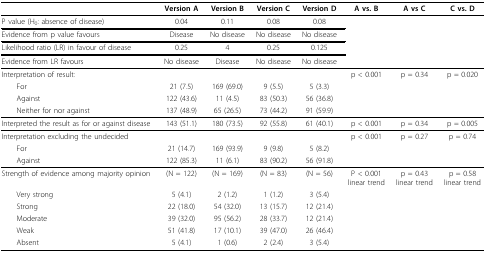
<table><thead><tr><td></td><td><b>Version A</b></td><td><b>Version B</b></td><td><b>Version C</b></td><td><b>Version D</b></td><td><b>A vs. B</b></td><td><b>A vs C</b></td><td><b>C vs. D</b></td></tr></thead><tbody><tr><td>P value (H<sub>0</sub>: absence of disease)</td><td>0.04</td><td>0.11</td><td>0.08</td><td>0.08</td><td></td><td></td><td></td></tr><tr><td>Evidence from p value favours</td><td>Disease</td><td>No disease</td><td>No disease</td><td>No disease</td><td></td><td></td><td></td></tr><tr><td>Likelihood ratio (LR) in favour of disease</td><td>0.25</td><td>4</td><td>0.25</td><td>0.125</td><td></td><td></td><td></td></tr><tr><td>Evidence from LR favours</td><td>No disease</td><td>Disease</td><td>No disease</td><td>No disease</td><td></td><td></td><td></td></tr><tr><td>Interpretation of result:</td><td></td><td></td><td></td><td></td><td>p &lt; 0.001</td><td>p = 0.34</td><td>p = 0.020</td></tr><tr><td> For</td><td>21 (7.5)</td><td>169 (69.0)</td><td>9 (5.5)</td><td>5 (3.3)</td><td></td><td></td><td></td></tr><tr><td> Against</td><td>122 (43.6)</td><td>11 (4.5)</td><td>83 (50.3)</td><td>56 (36.8)</td><td></td><td></td><td></td></tr><tr><td> Neither for nor against</td><td>137 (48.9)</td><td>65 (26.5)</td><td>73 (44.2)</td><td>91 (59.9)</td><td></td><td></td><td></td></tr><tr><td>Interpreted the result as for or against disease</td><td>143 (51.1)</td><td>180 (73.5)</td><td>92 (55.8)</td><td>61 (40.1)</td><td>p &lt; 0.001</td><td>p = 0.34</td><td>p = 0.005</td></tr><tr><td>Interpretation excluding the undecided</td><td></td><td></td><td></td><td></td><td>p &lt; 0.001</td><td>p = 0.27</td><td>p = 0.74</td></tr><tr><td> For</td><td>21 (14.7)</td><td>169 (93.9)</td><td>9 (9.8)</td><td>5 (8.2)</td><td></td><td></td><td></td></tr><tr><td> Against</td><td>122 (85.3)</td><td>11 (6.1)</td><td>83 (90.2)</td><td>56 (91.8)</td><td></td><td></td><td></td></tr><tr><td>Strength of evidence among majority opinion</td><td>(N = 122)</td><td>(N = 169)</td><td>(N = 83)</td><td>(N = 56)</td><td>P &lt; 0.001linear trend</td><td>p = 0.43linear trend</td><td>p = 0.58linear trend</td></tr><tr><td> Very strong</td><td>5 (4.1)</td><td>2 (1.2)</td><td>1 (1.2)</td><td>3 (5.4)</td><td></td><td></td><td></td></tr><tr><td> Strong</td><td>22 (18.0)</td><td>54 (32.0)</td><td>13 (15.7)</td><td>12 (21.4)</td><td></td><td></td><td></td></tr><tr><td> Moderate</td><td>39 (32.0)</td><td>95 (56.2)</td><td>28 (33.7)</td><td>12 (21.4)</td><td></td><td></td><td></td></tr><tr><td> Weak</td><td>51 (41.8)</td><td>17 (10.1)</td><td>39 (47.0)</td><td>26 (46.4)</td><td></td><td></td><td></td></tr><tr><td> Absent</td><td>5 (4.1)</td><td>1 (0.6)</td><td>2 (2.4)</td><td>3 (5.4)</td><td></td><td></td><td></td></tr></tbody></table>